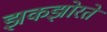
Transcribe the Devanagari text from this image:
झकझोरते